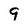
Character: 9